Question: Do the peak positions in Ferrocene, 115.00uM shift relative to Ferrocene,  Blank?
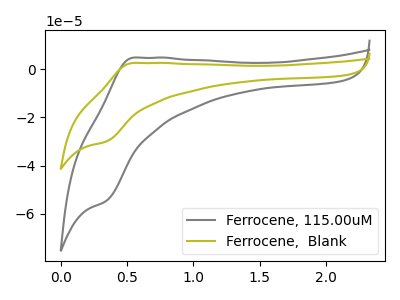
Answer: <think>The gray curve "Ferrocene, 115.00uM" has an anodic peak at (0.55V, 4.90uA) and a cathodic peak at (0.35V, -54.80uA). The olive curve "Ferrocene,  Blank" has an anodic peak at (0.55V, 2.70uA) and a cathodic peak at (0.35V, -30.05uA).
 All the peaks in "Ferrocene, 115.00uM" have a peak in "Ferrocene,  Blank" at the same potential. Every peak in "Ferrocene, 115.00uM" is higher than every peak in "Ferrocene,  Blank".</think>
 <answer>No, "Ferrocene, 115.00uM" and "Ferrocene,  Blank" don't appear to be significantly different in shape</answer>
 <eval>no_change</eval>